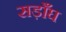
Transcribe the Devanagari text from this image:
सड़ाँघ